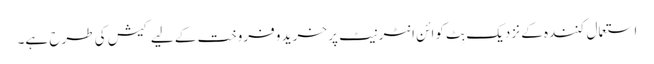
استعمال کنندہ کے نزدیک بِٹ کوائن انٹرنیٹ پر خرید و فروخت کے لیے کیش کی طرح ہے۔